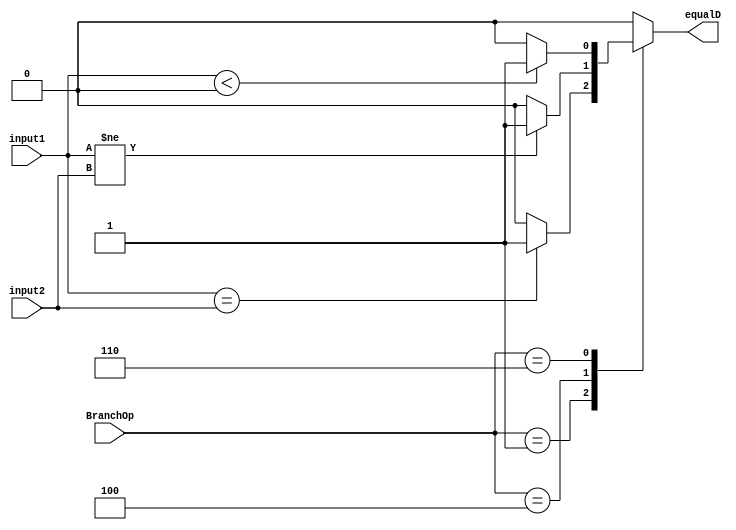
// Ryan Pencak
// Branch_Control.v

/* MUX_2_1_32bit module: 32 bit multiplexor function from 2 inputs to 1 output */
module Branch_Control(input [2:0] BranchOp, input [31:0] input1, input [31:0] input2, output reg equalD);

  initial begin
    equalD = 0;
  end

  always @(*)
  begin

    case(BranchOp)
      3'b001: // BEQ
        begin
        // $display("BEQ");
          if (input1 == input2)
            equalD = 1;
          else
            equalD = 0;
        end
      3'b100: // BNE
        begin
        // $display("BNE");
          if (input1 != input2)
            equalD = 1;
          else
            equalD = 0;
        end
      3'b110: // BLTZ
        begin
        // $display("BLTZ");
          if (input1 < 32'b0)
            equalD = 1;
          else
            equalD = 0;
        end
      default:
        begin
          equalD = 0;
        end
      endcase
  end

endmodule

// 3'b010: // BEQZ
//   begin
//   $display("BEQZ");
//     equalD = 0; // not yet handled
//   end
// 3'b011: // BLEZ
//   begin
//   $display("BLEZ");
//     equalD = 0; // not yet handled
//   end

// 3'b101: // BNEZ
//   begin
//   $display("BNEZ");
//     if (input1 != 32'b0)
//       equalD = 1;
//     else
//       equalD = 0;
//   end